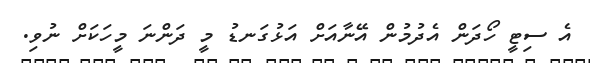
އެ ސިޓީ ހޯދަން އެދުމުން އޭނާއަށް އަޅުގަނޑު މީ ދަންނަ މީހަކަށް ނުވި.